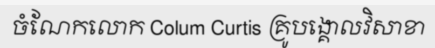
ចំណែកលោក Colum Curtis គ្រូបង្គោលវិសាខា